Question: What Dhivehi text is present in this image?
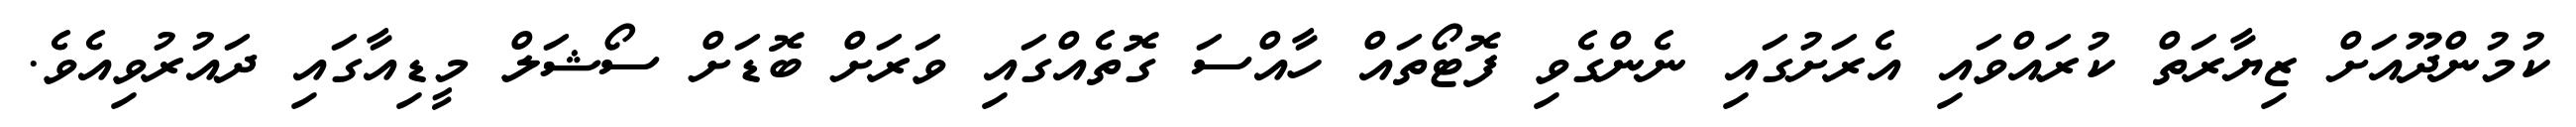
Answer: ކުމުންދޫއަށް ޒިޔާރަތް ކުރައްވައި އެރަށުގައި ނެންގެވި ފޮޓޯތައް ހާއްސަ ގޮތެއްގައި ވަރަށް ބޮޑަށް ސޯޝަލް މީޑިއާގައި ދައުރުވިއެވެ.